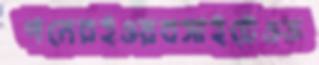
পনেরইওয়বসাইটেওড